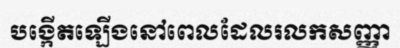
បង្កើតឡើងនៅពេលដែលរលកសញ្ញា